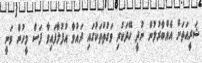
ޝަރީއަތަށް އެއްބާރުލުން ނުދީ ހޭދަކުރި ވަގުތުތަކުގައި ދައުވާ އުފުލާފައިވާ ފަސް މީހުން ވަނީ